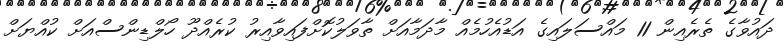
ދައުވާގެ ތެރެއިން 11 މައްސަލައިގެ އަޑުއެހުމެއް މާދަމާއަށް ތާވަލުކޮށްފައިވާއިރު ކުރެއްދޫ ހޯލްޑިންސްއަށް ކުއްޔަށް